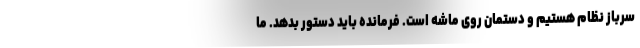
سرباز نظام هستیم و دستمان روی ماشه است. فرمانده باید دستور بدهد. ما